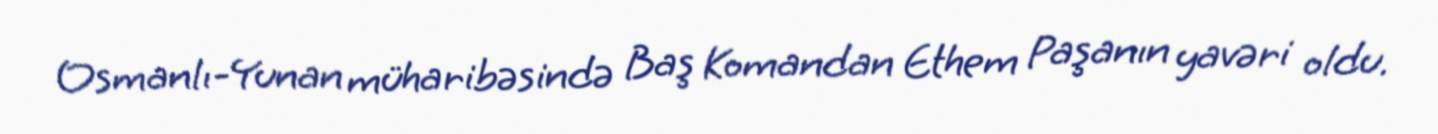
Osmanlı-Yunan müharibəsində Baş Komandan Ethem Paşanın yavəri oldu.